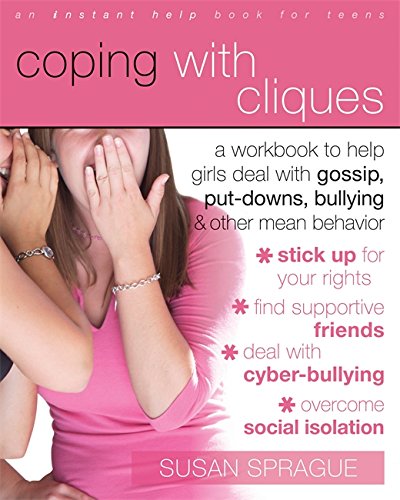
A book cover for Coping with Cliques: A Workbook to Help Girls Deal with Gossip, Put-Downs, Bullying, and Other Mean Behavior (Instant Help /New Harbinger); Susan Sprague; Teen & Young Adult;